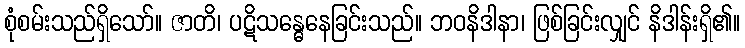
စုံစမ်းသည်ရှိသော်။ ဇာတိ၊ ပဋိသန္ဓေနေခြင်းသည်။ ဘဝနိဒါနာ၊ ဖြစ်ခြင်းလျှင် နိဒါန်းရှိ၏။